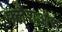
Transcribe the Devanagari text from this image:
फ्लैशऔर